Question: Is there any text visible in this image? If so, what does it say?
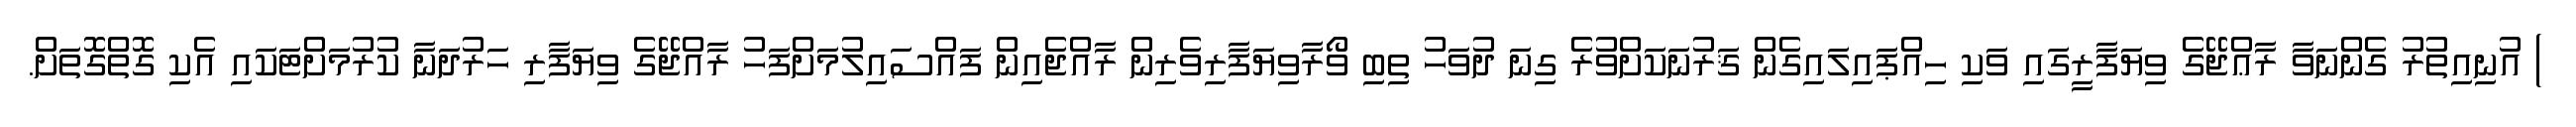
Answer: ) އުނިއިތުރު ގެންނަވާ ރާޢްޖޭގެ ވިޔަފާރީގައި ވަކި ހިއްޕައިލައިގެން ޤަރުނަކަށްވުރެ ގިނަ ދުވަހު ތިބި ވޯރާވިޔަފާރިވެރިން ރާއްޖެއިން ފައްސައިލުމަށްފަހު ރާއްޖޭގެ ވިޔަފާރި ހަރުދަނާ ކުރުމަށްޓަކައި އެކި ގޮތްގޮތަށް.